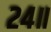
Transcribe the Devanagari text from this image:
२४॥